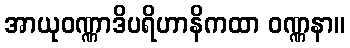
အာယုဝဏ္ဏာဒိပရိဟာနိကထာ ဝဏ္ဏနာ။